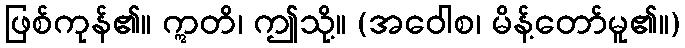
ဖြစ်ကုန်၏။ ဣတိ၊ ဤသို့။ (အဝေါစ၊ မိန့်တော်မူ၏။)